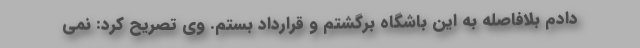
دادم بلافاصله به این باشگاه برگشتم و قرارداد بستم. وی تصریح کرد: نمی